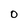
Character: O